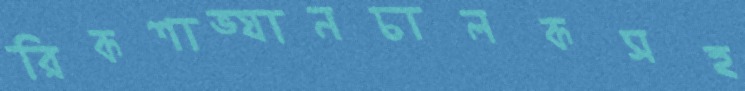
রিকশাভ্যানচালকসহ